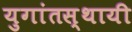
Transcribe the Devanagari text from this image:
युगांतस्थायी